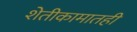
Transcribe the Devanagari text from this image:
शेतीकामातही